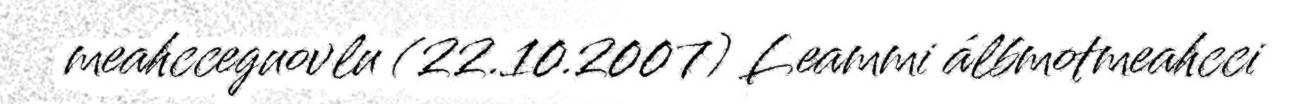
meahcceguovlu (22.10.2007) Leammi álbmotmeahcci